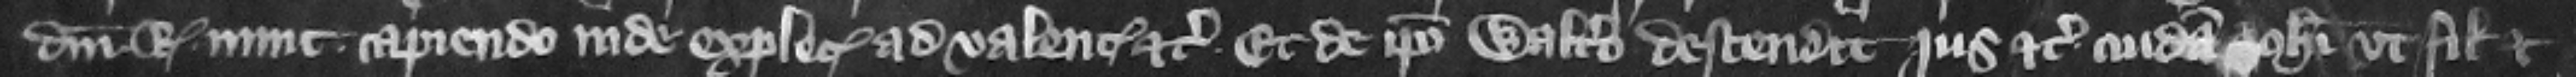
domini regis nunc capiendo inde explecia ad valenciam etc. Et de ipso Waltero descendit jus etc.cuidam Iohanni vt filio et